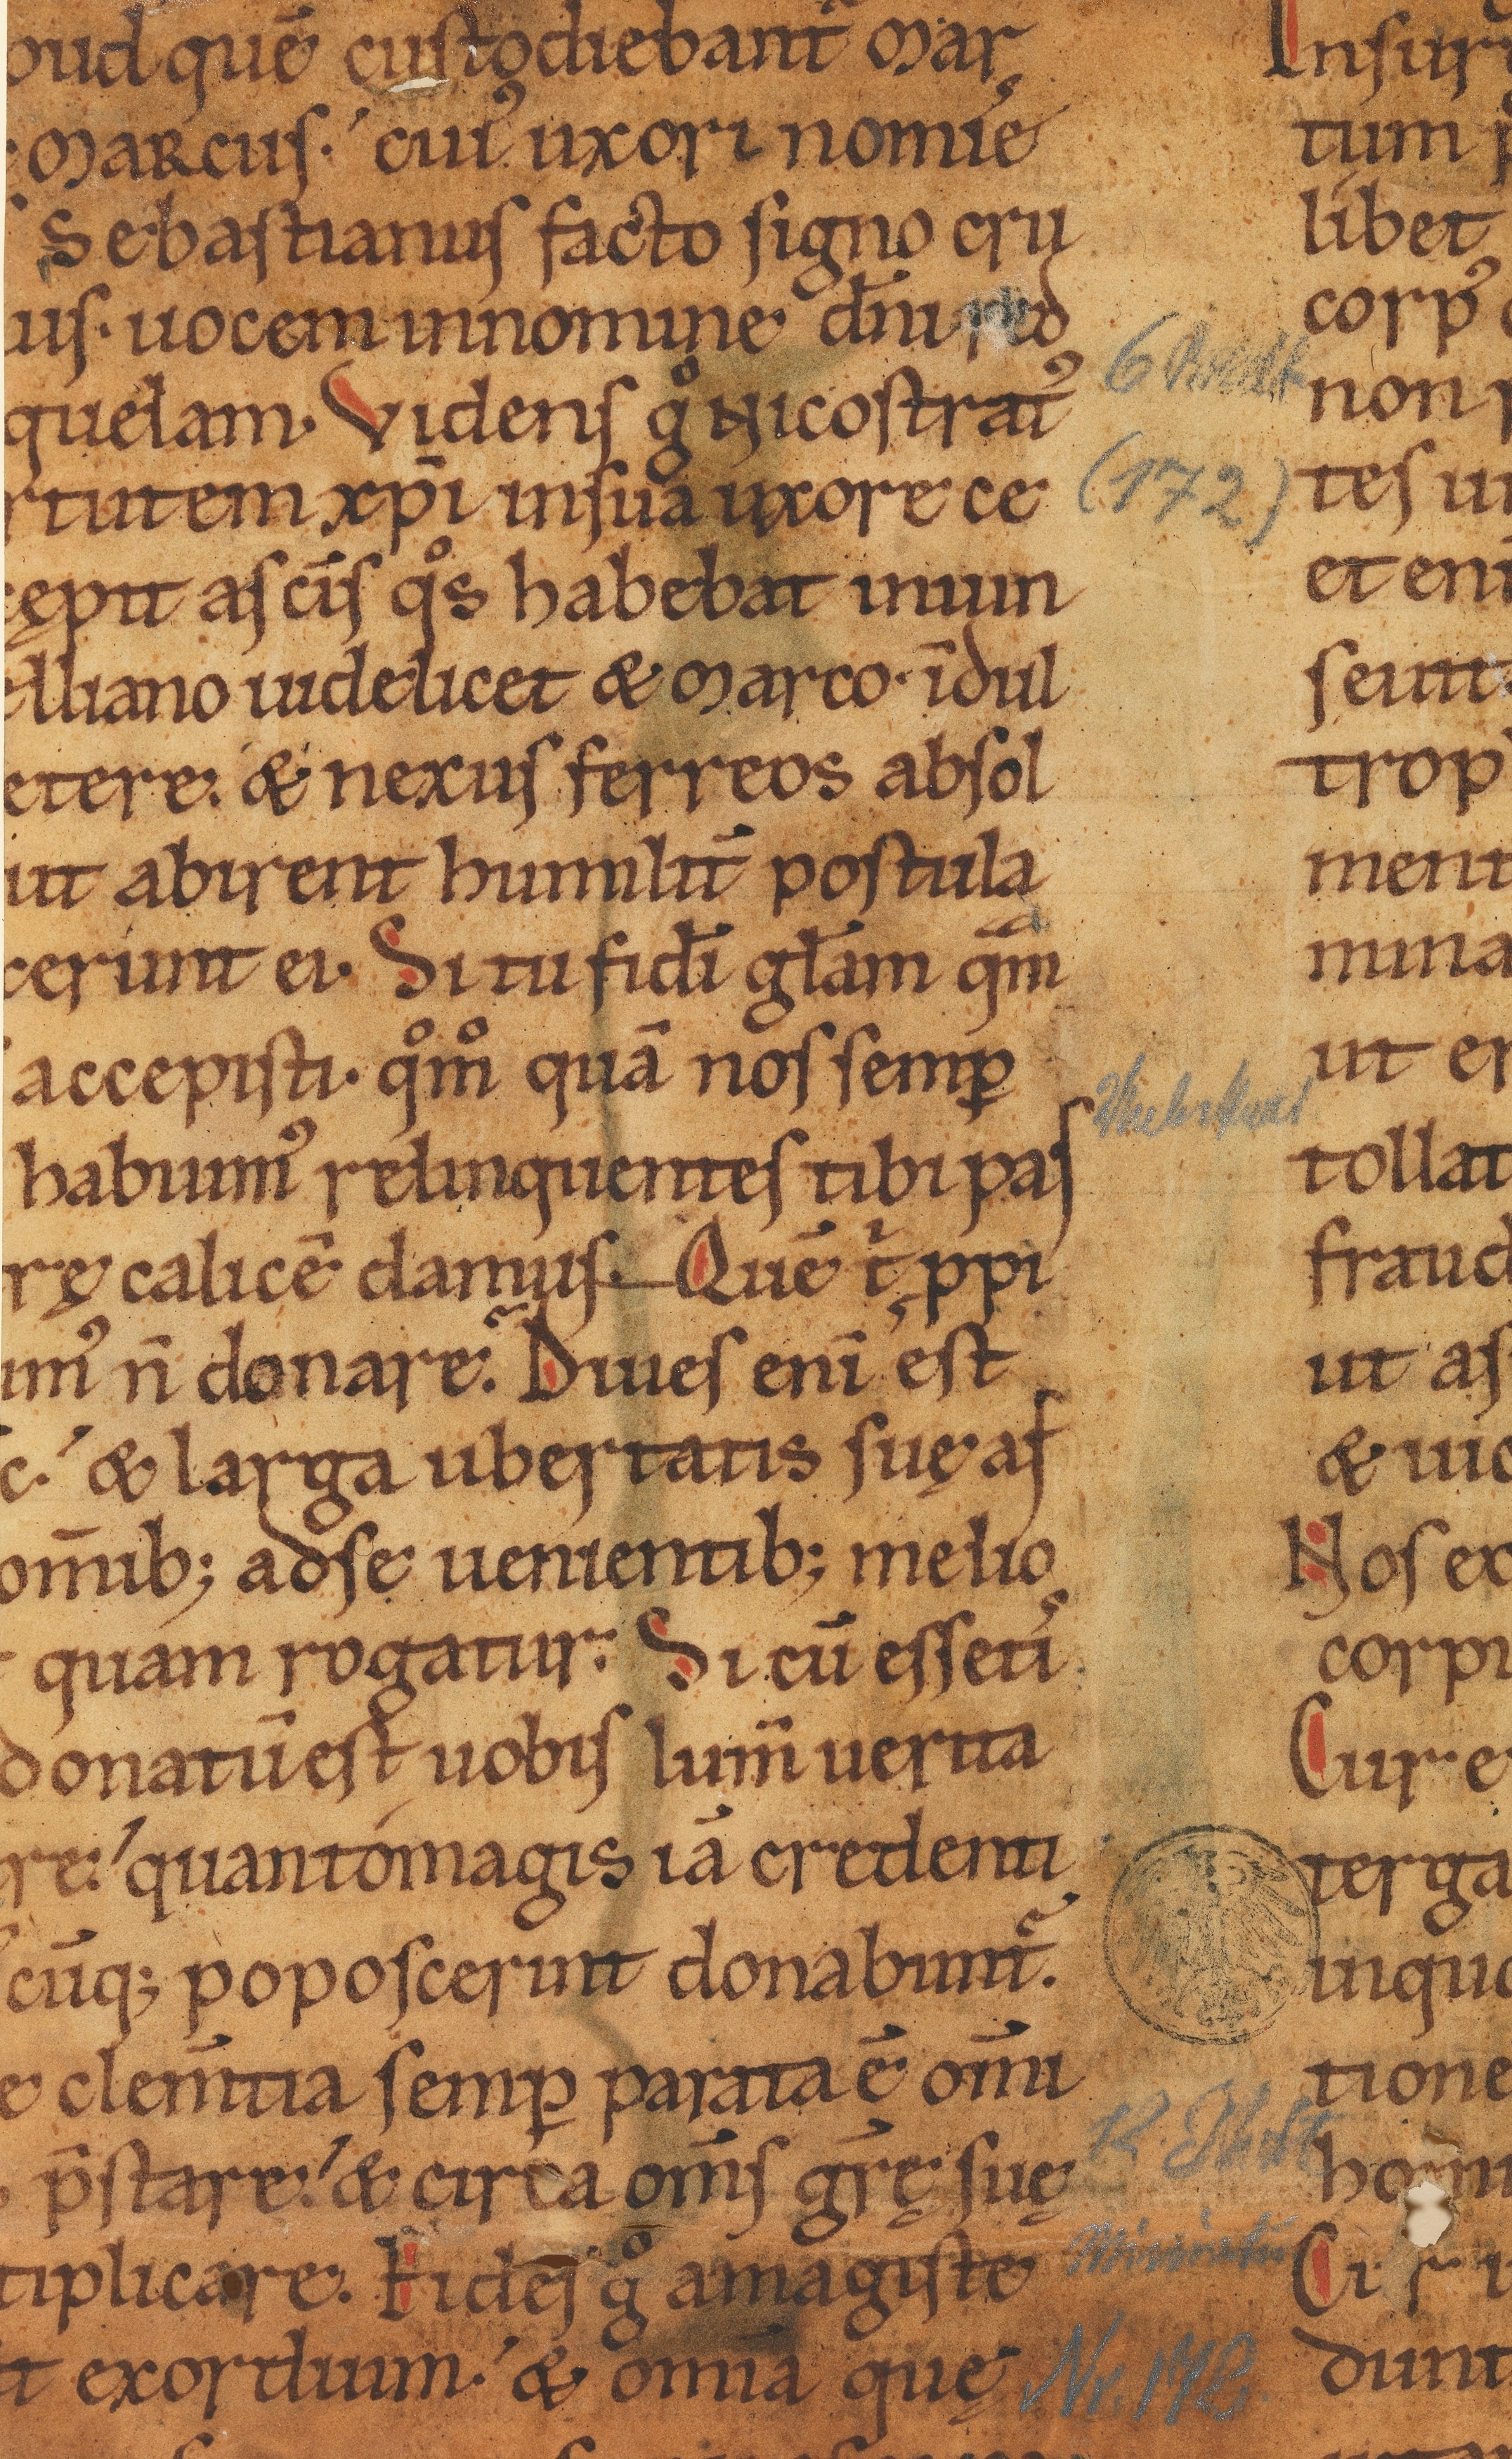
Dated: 1141–1170